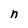
Character: n